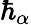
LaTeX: \hbar_{\alpha}